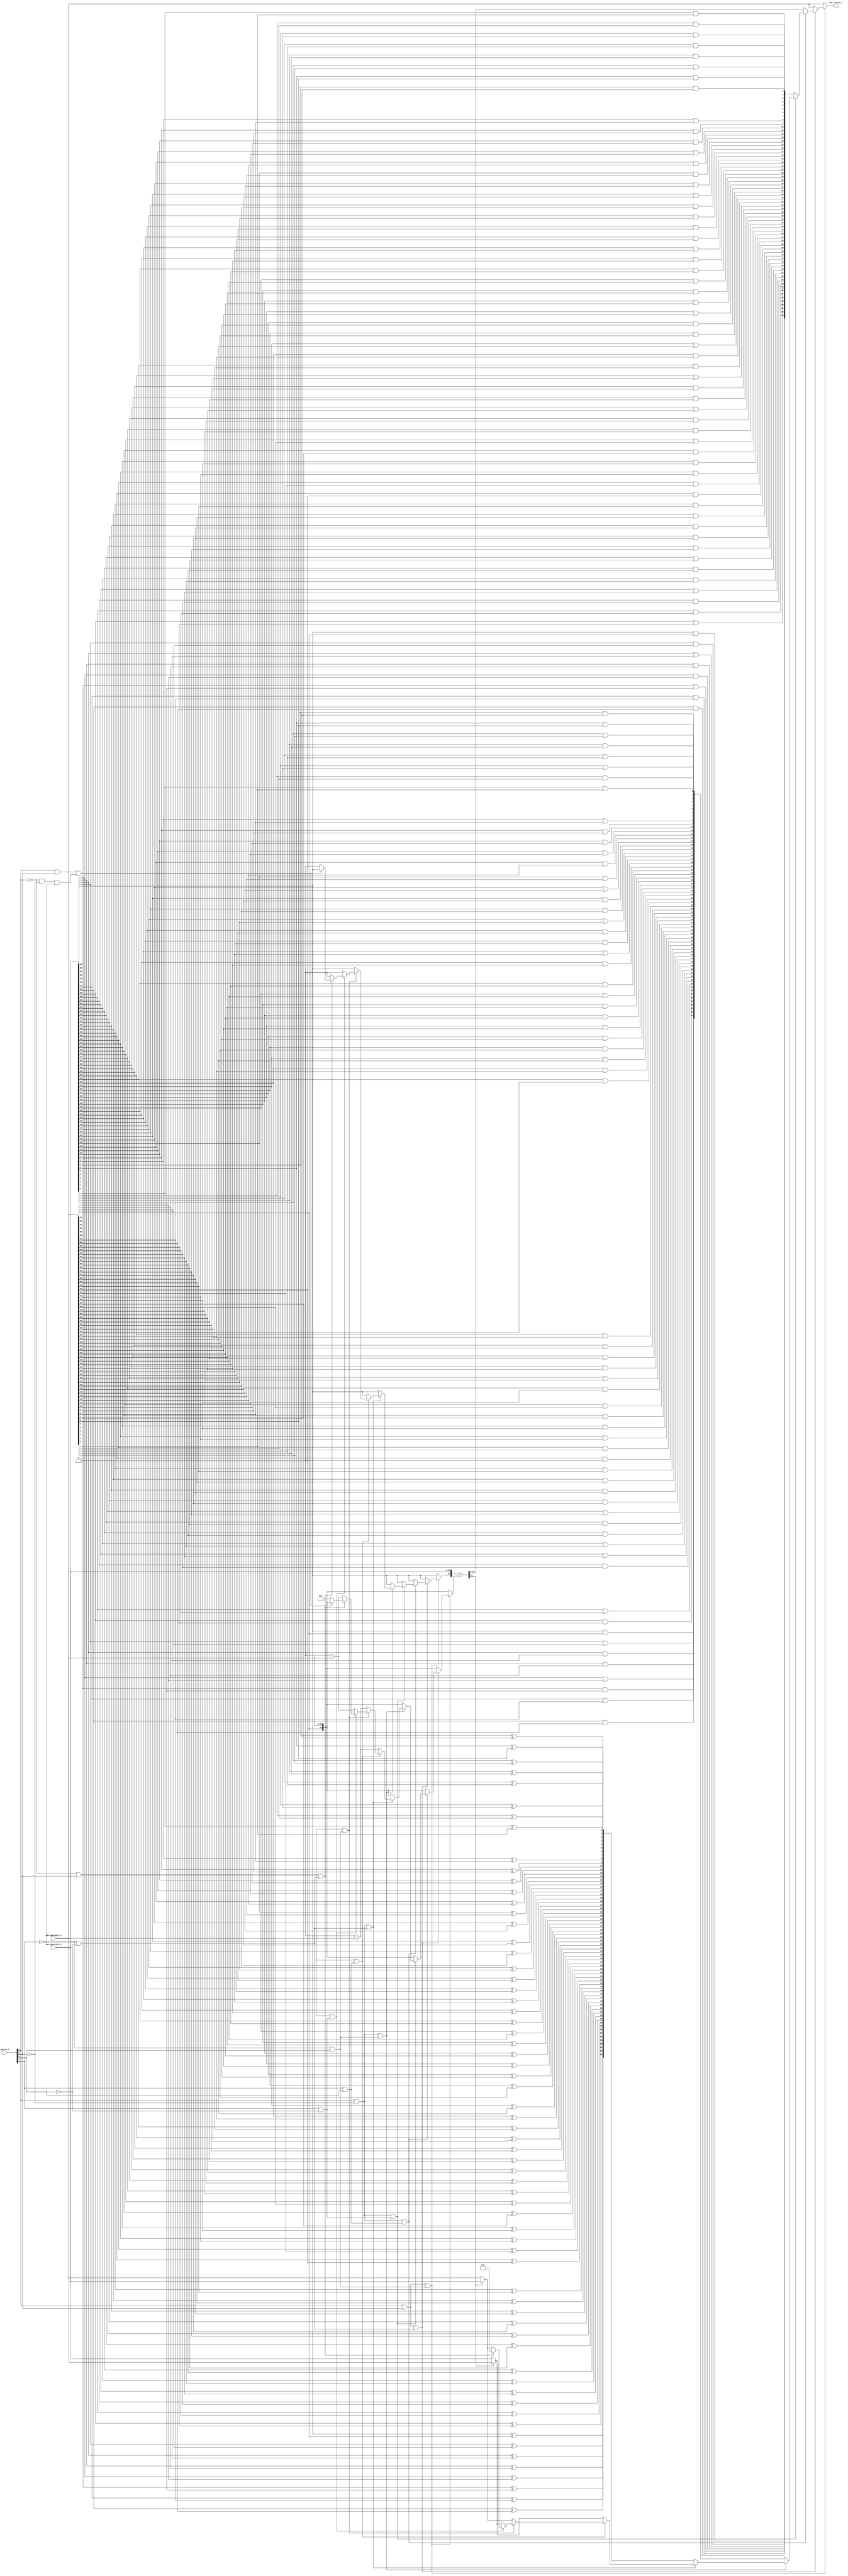
// This program was cloned from: https://github.com/NYU-MLDA/OpenABC
// License: BSD 3-Clause "New" or "Revised" License

module amo_alu
(
  amo_op_i,
  amo_operand_a_i,
  amo_operand_b_i,
  amo_result_o
);

  input [3:0] amo_op_i;
  input [63:0] amo_operand_a_i;
  input [63:0] amo_operand_b_i;
  output [63:0] amo_result_o;
  wire [63:0] amo_result_o;
  wire N0,N1,N2,N3,N4,N5,N6,N7,N8,N9,N10,N11,N12,N13,N14,N15,N16,N17,N18,N19,N20,N21,
  N22,N23,N24,N25,N26,N27,N28,N29,N30,N31,N32,N33,N34,N35,N36,N37,N38,N39,N40,N41,
  N42,N43,N44,N45,N46,N47,N48,N49,N50,N51,N52,N53,N54,N55,N56,N57,N58,N59,N60,N61,
  N62,N63,N64,N65,N66,N67,N68,N69,N70,N71,N72,N73,N74,N75,N76,N77,N78,N79,N80,N81,
  N82,N83,N84,N85,N86,N87,N88,N89,N90,N91,N92,N93,N94,N95,N96,N97,N98,N99,N100,N101,
  N102,N103,N104,N105,N106,N107,N108,N109,N110,N111,N112,N113,N114,N115,N116,N117,
  N118,N119,N120,N121,N122,N123,N124,N125,N126,N127,N128,N129,N130,N131,N132,N133,
  N134,N135,N136,N137,N138,N139,N140,N141,N142,N143,N144,N145,N146,N147,N148,N149,
  N150,N151,N152,N153,N154,N155,N156,N157,N158,N159,N160,N161,N162,N163,N164,N165,
  N166,N167,N168,N169,N170,N171,N172,N173,N174,N175,N176,N177,N178,N179,N180,N181,
  N182,N183,N184,N185,N186,N187,N188,N189,N190,N191,N192,N193,N194,N195,N196,N197,
  N198,N199,N200,N201,N202,N203,N204,N205,N206,N207,N208,N209,N210,N211,N212,N213,
  N214,N215,N216,N217,N218,N219,N220,N221,N222,N223,N224,N225,N226,N227,N228,N229,
  N230,N231,N232,N233,N234,N235,N236,N237,N238,N239,N240,N241,N242,N243,N244,N245,
  N246,N247,N248,N249,N250,N251,N252,N253,N254,N255,N256,N257,N258,N259,N260,N261,
  N262,N263,N264,N265,N266,N267,N268,N269,N270,N271,N272,N273,N274,N275,N276,N277,
  N278,N279,N280,N281,N282,N283,N284,N285,N286,N287,N288,N289,N290,N291,N292,N293,
  N294,N295,N296,N297,N298,N299,N300,N301,N302,N303,N304,N305,N306,N307,N308,N309,
  N310,N311,N312,N313,N314,N315,N316,N317,N318,N319,N320,N321,N322,N323,N324,N325,
  N326,N327,N328,N329,N330,N331,N332,N333,N334,N335,N336,N337,N338,N339,N340,N341,
  N342,N343,N344,N345,N346,N347,N348,N349,N350,N351,N352,N353,N354,N355,N356,N357,
  N358,N359,N360,N361,N362,N363,N364,N365,N366,N367,N368,N369,N370,N371,N372,N373,
  N374,N375,N376,N377,N378,N379,N380,N381,N382,N383,N384,N385,N386,N387,N388,N389,
  N390,N391,N392,N393,N394,N395,N396,N397,N398,N399,N400,N401,N402,N403,N404,N405,
  N406,N407,N408,N409,N410,N411,N412,N413,N414,N415,N416,N417,N418,N419,N420,N421,
  N422,N423,N424,N425,N426,N427,N428,N429,N430,N431,N432,N433,N434,N435,N436,N437,
  N438,N439,N440,N441,N442,N443,N444,N445,N446,N447,N448,N449,N450,N451,N452,N453,
  N454,N455,N456,N457,N458,N459,N460,N461,N462,N463,N464,N465,N466,N467,N468,N469,
  N470,N471,N472,N473,N474,N475,N476,N477,N478,N479,N480,N481,N482,N483,N484,N485,
  N486,N487,N488,N489,N490,N491,N492,N493,N494,N495,N496,N497,N498,N499,N500,N501,
  N502,N503,N504,N505,N506,N507,N508,N509,N510,N511,N512,N513,N514,N515,N516,N517,
  N518,N519,N520,N521,N522,N523,N524,N525,N526,N527,N528,N529,N530,N531,N532,N533,
  N534,N535,N536,N537,N538,N539,N540,N541,N542,N543,N544,N545,N546,N547,N548,N549,
  N550,N551,N552,N553,N554,N555,N556,N557,N558,N559,N560,N561,N562,N563,N564,N565,
  N566,N567,N568,N569,N570,N571,N572,N573,N574,N575,N576,N577,N578,N579,N580,N581,
  N582,N583,N584,N585,N586,N587,N588,N589,N590,N591,N592,N593,N594,N595,N596,N597,
  N598,N599,N600,N601,N602,N603,N604,N605,N606,N607,N608,N609,N610,N611,N612,N613,
  N614,N615,N616,N617,N618,N619,N620,N621,N622,N623,N624,N625,N626,N627,N628,N629,
  N630,N631,N632,N633,N634,N635,N636,N637,N638,N639,N640,N641,N642,N643,N644,N645,
  N646,N647,N648,N649,N650,N651,N652,N653,N654,N655,N656,N657,N658,N659,N660,N661,
  N662,N663,N664,N665,N666,N667,N668,N669,N670,N671,N672,N673,N674,N675,N676,N677,
  N678,N679,N680,N681,N682,N683,N684,N685,N686,N687,N688,N689,N690,N691,N692,N693,
  N694,N695,N696,N697,N698,N699,N700,N701,N702,N703,N704,N705,N706,N707,N708,N709,
  N710,N711,N712,N713,N714,N715,N716,N717,N718,N719,N720,N721,N722,N723,N724,N725,
  N726,N727,N728,N729,N730,N731,N732,N733,N734,N735,N736,N737,N738,N739,N740,N741,
  N742,N743,N744,N745,N746,N747,N748,N749,N750,N751,N752,N753,N754,N755;
  wire [64:64] adder_operand_a;
  wire [64:0] adder_operand_b,adder_sum;
  assign N12 = amo_op_i[3] | amo_op_i[2];
  assign N13 = N43 | amo_op_i[0];
  assign N14 = N12 | N13;
  assign N17 = N43 | N16;
  assign N18 = N12 | N17;
  assign N21 = amo_op_i[3] | N20;
  assign N22 = amo_op_i[1] | amo_op_i[0];
  assign N23 = N21 | N22;
  assign N25 = amo_op_i[1] | N16;
  assign N26 = N21 | N25;
  assign N28 = N21 | N13;
  assign N30 = N21 | N17;
  assign N32 = N42 | amo_op_i[2];
  assign N33 = N32 | N22;
  assign N35 = N32 | N13;
  assign N37 = N32 | N25;
  assign N39 = N32 | N17;
  assign N41 = amo_op_i[3] & amo_op_i[2];
  assign N44 = N42 & N20;
  assign N45 = N44 & N43;
  assign { N303, N302, N301, N300, N299, N298, N297, N296, N295, N294, N293, N292, N291, N290, N289, N288, N287, N286, N285, N284, N283, N282, N281, N280, N279, N278, N277, N276, N275, N274, N273, N272, N271, N270, N269, N268, N267, N266, N265, N264, N263, N262, N261, N260, N259, N258, N257, N256, N255, N254, N253, N252, N251, N250, N249, N248, N247, N246, N245, N244, N243, N242, N241, N240, N239 } = $signed(1'b0) - $signed(amo_operand_b_i);
  assign { N433, N432, N431, N430, N429, N428, N427, N426, N425, N424, N423, N422, N421, N420, N419, N418, N417, N416, N415, N414, N413, N412, N411, N410, N409, N408, N407, N406, N405, N404, N403, N402, N401, N400, N399, N398, N397, N396, N395, N394, N393, N392, N391, N390, N389, N388, N387, N386, N385, N384, N383, N382, N381, N380, N379, N378, N377, N376, N375, N374, N373, N372, N371, N370, N369 } = $signed(1'b0) - $signed(amo_operand_b_i);
  assign { N562, N561, N560, N559, N558, N557, N556, N555, N554, N553, N552, N551, N550, N549, N548, N547, N546, N545, N544, N543, N542, N541, N540, N539, N538, N537, N536, N535, N534, N533, N532, N531, N530, N529, N528, N527, N526, N525, N524, N523, N522, N521, N520, N519, N518, N517, N516, N515, N514, N513, N512, N511, N510, N509, N508, N507, N506, N505, N504, N503, N502, N501, N500, N499, N498 } = 1'b0 - amo_operand_b_i;
  assign { N691, N690, N689, N688, N687, N686, N685, N684, N683, N682, N681, N680, N679, N678, N677, N676, N675, N674, N673, N672, N671, N670, N669, N668, N667, N666, N665, N664, N663, N662, N661, N660, N659, N658, N657, N656, N655, N654, N653, N652, N651, N650, N649, N648, N647, N646, N645, N644, N643, N642, N641, N640, N639, N638, N637, N636, N635, N634, N633, N632, N631, N630, N629, N628, N627 } = 1'b0 - amo_operand_b_i;
  assign adder_sum = { adder_operand_a[64:64], amo_operand_a_i } + adder_operand_b;
  assign { N368, N367, N366, N365, N364, N363, N362, N361, N360, N359, N358, N357, N356, N355, N354, N353, N352, N351, N350, N349, N348, N347, N346, N345, N344, N343, N342, N341, N340, N339, N338, N337, N336, N335, N334, N333, N332, N331, N330, N329, N328, N327, N326, N325, N324, N323, N322, N321, N320, N319, N318, N317, N316, N315, N314, N313, N312, N311, N310, N309, N308, N307, N306, N305 } = (N0)? amo_operand_b_i : 
                                                                                                                                                                                                                                                                                                                                                                                                              (N304)? amo_operand_a_i : 1'b0;
  assign N0 = adder_sum[64];
  assign { N497, N496, N495, N494, N493, N492, N491, N490, N489, N488, N487, N486, N485, N484, N483, N482, N481, N480, N479, N478, N477, N476, N475, N474, N473, N472, N471, N470, N469, N468, N467, N466, N465, N464, N463, N462, N461, N460, N459, N458, N457, N456, N455, N454, N453, N452, N451, N450, N449, N448, N447, N446, N445, N444, N443, N442, N441, N440, N439, N438, N437, N436, N435, N434 } = (N0)? amo_operand_a_i : 
                                                                                                                                                                                                                                                                                                                                                                                                              (N304)? amo_operand_b_i : 1'b0;
  assign { N626, N625, N624, N623, N622, N621, N620, N619, N618, N617, N616, N615, N614, N613, N612, N611, N610, N609, N608, N607, N606, N605, N604, N603, N602, N601, N600, N599, N598, N597, N596, N595, N594, N593, N592, N591, N590, N589, N588, N587, N586, N585, N584, N583, N582, N581, N580, N579, N578, N577, N576, N575, N574, N573, N572, N571, N570, N569, N568, N567, N566, N565, N564, N563 } = (N0)? amo_operand_b_i : 
                                                                                                                                                                                                                                                                                                                                                                                                              (N304)? amo_operand_a_i : 1'b0;
  assign { N755, N754, N753, N752, N751, N750, N749, N748, N747, N746, N745, N744, N743, N742, N741, N740, N739, N738, N737, N736, N735, N734, N733, N732, N731, N730, N729, N728, N727, N726, N725, N724, N723, N722, N721, N720, N719, N718, N717, N716, N715, N714, N713, N712, N711, N710, N709, N708, N707, N706, N705, N704, N703, N702, N701, N700, N699, N698, N697, N696, N695, N694, N693, N692 } = (N0)? amo_operand_a_i : 
                                                                                                                                                                                                                                                                                                                                                                                                              (N304)? amo_operand_b_i : 1'b0;
  assign amo_result_o = (N1)? amo_operand_b_i : 
                        (N2)? amo_operand_b_i : 
                        (N3)? adder_sum[63:0] : 
                        (N4)? { N47, N48, N49, N50, N51, N52, N53, N54, N55, N56, N57, N58, N59, N60, N61, N62, N63, N64, N65, N66, N67, N68, N69, N70, N71, N72, N73, N74, N75, N76, N77, N78, N79, N80, N81, N82, N83, N84, N85, N86, N87, N88, N89, N90, N91, N92, N93, N94, N95, N96, N97, N98, N99, N100, N101, N102, N103, N104, N105, N106, N107, N108, N109, N110 } : 
                        (N5)? { N111, N112, N113, N114, N115, N116, N117, N118, N119, N120, N121, N122, N123, N124, N125, N126, N127, N128, N129, N130, N131, N132, N133, N134, N135, N136, N137, N138, N139, N140, N141, N142, N143, N144, N145, N146, N147, N148, N149, N150, N151, N152, N153, N154, N155, N156, N157, N158, N159, N160, N161, N162, N163, N164, N165, N166, N167, N168, N169, N170, N171, N172, N173, N174 } : 
                        (N6)? { N175, N176, N177, N178, N179, N180, N181, N182, N183, N184, N185, N186, N187, N188, N189, N190, N191, N192, N193, N194, N195, N196, N197, N198, N199, N200, N201, N202, N203, N204, N205, N206, N207, N208, N209, N210, N211, N212, N213, N214, N215, N216, N217, N218, N219, N220, N221, N222, N223, N224, N225, N226, N227, N228, N229, N230, N231, N232, N233, N234, N235, N236, N237, N238 } : 
                        (N7)? { N368, N367, N366, N365, N364, N363, N362, N361, N360, N359, N358, N357, N356, N355, N354, N353, N352, N351, N350, N349, N348, N347, N346, N345, N344, N343, N342, N341, N340, N339, N338, N337, N336, N335, N334, N333, N332, N331, N330, N329, N328, N327, N326, N325, N324, N323, N322, N321, N320, N319, N318, N317, N316, N315, N314, N313, N312, N311, N310, N309, N308, N307, N306, N305 } : 
                        (N8)? { N497, N496, N495, N494, N493, N492, N491, N490, N489, N488, N487, N486, N485, N484, N483, N482, N481, N480, N479, N478, N477, N476, N475, N474, N473, N472, N471, N470, N469, N468, N467, N466, N465, N464, N463, N462, N461, N460, N459, N458, N457, N456, N455, N454, N453, N452, N451, N450, N449, N448, N447, N446, N445, N444, N443, N442, N441, N440, N439, N438, N437, N436, N435, N434 } : 
                        (N9)? { N626, N625, N624, N623, N622, N621, N620, N619, N618, N617, N616, N615, N614, N613, N612, N611, N610, N609, N608, N607, N606, N605, N604, N603, N602, N601, N600, N599, N598, N597, N596, N595, N594, N593, N592, N591, N590, N589, N588, N587, N586, N585, N584, N583, N582, N581, N580, N579, N578, N577, N576, N575, N574, N573, N572, N571, N570, N569, N568, N567, N566, N565, N564, N563 } : 
                        (N10)? { N755, N754, N753, N752, N751, N750, N749, N748, N747, N746, N745, N744, N743, N742, N741, N740, N739, N738, N737, N736, N735, N734, N733, N732, N731, N730, N729, N728, N727, N726, N725, N724, N723, N722, N721, N720, N719, N718, N717, N716, N715, N714, N713, N712, N711, N710, N709, N708, N707, N706, N705, N704, N703, N702, N701, N700, N699, N698, N697, N696, N695, N694, N693, N692 } : 
                        (N11)? { 1'b0, 1'b0, 1'b0, 1'b0, 1'b0, 1'b0, 1'b0, 1'b0, 1'b0, 1'b0, 1'b0, 1'b0, 1'b0, 1'b0, 1'b0, 1'b0, 1'b0, 1'b0, 1'b0, 1'b0, 1'b0, 1'b0, 1'b0, 1'b0, 1'b0, 1'b0, 1'b0, 1'b0, 1'b0, 1'b0, 1'b0, 1'b0, 1'b0, 1'b0, 1'b0, 1'b0, 1'b0, 1'b0, 1'b0, 1'b0, 1'b0, 1'b0, 1'b0, 1'b0, 1'b0, 1'b0, 1'b0, 1'b0, 1'b0, 1'b0, 1'b0, 1'b0, 1'b0, 1'b0, 1'b0, 1'b0, 1'b0, 1'b0, 1'b0, 1'b0, 1'b0, 1'b0, 1'b0, 1'b0 } : 1'b0;
  assign N1 = N15;
  assign N2 = N19;
  assign N3 = N24;
  assign N4 = N27;
  assign N5 = N29;
  assign N6 = N31;
  assign N7 = N34;
  assign N8 = N36;
  assign N9 = N38;
  assign N10 = N40;
  assign N11 = N46;
  assign adder_operand_b = (N1)? { amo_operand_b_i[63:63], amo_operand_b_i } : 
                           (N2)? { amo_operand_b_i[63:63], amo_operand_b_i } : 
                           (N3)? { amo_operand_b_i[63:63], amo_operand_b_i } : 
                           (N4)? { amo_operand_b_i[63:63], amo_operand_b_i } : 
                           (N5)? { amo_operand_b_i[63:63], amo_operand_b_i } : 
                           (N6)? { amo_operand_b_i[63:63], amo_operand_b_i } : 
                           (N7)? { N303, N302, N301, N300, N299, N298, N297, N296, N295, N294, N293, N292, N291, N290, N289, N288, N287, N286, N285, N284, N283, N282, N281, N280, N279, N278, N277, N276, N275, N274, N273, N272, N271, N270, N269, N268, N267, N266, N265, N264, N263, N262, N261, N260, N259, N258, N257, N256, N255, N254, N253, N252, N251, N250, N249, N248, N247, N246, N245, N244, N243, N242, N241, N240, N239 } : 
                           (N8)? { N433, N432, N431, N430, N429, N428, N427, N426, N425, N424, N423, N422, N421, N420, N419, N418, N417, N416, N415, N414, N413, N412, N411, N410, N409, N408, N407, N406, N405, N404, N403, N402, N401, N400, N399, N398, N397, N396, N395, N394, N393, N392, N391, N390, N389, N388, N387, N386, N385, N384, N383, N382, N381, N380, N379, N378, N377, N376, N375, N374, N373, N372, N371, N370, N369 } : 
                           (N9)? { N562, N561, N560, N559, N558, N557, N556, N555, N554, N553, N552, N551, N550, N549, N548, N547, N546, N545, N544, N543, N542, N541, N540, N539, N538, N537, N536, N535, N534, N533, N532, N531, N530, N529, N528, N527, N526, N525, N524, N523, N522, N521, N520, N519, N518, N517, N516, N515, N514, N513, N512, N511, N510, N509, N508, N507, N506, N505, N504, N503, N502, N501, N500, N499, N498 } : 
                           (N10)? { N691, N690, N689, N688, N687, N686, N685, N684, N683, N682, N681, N680, N679, N678, N677, N676, N675, N674, N673, N672, N671, N670, N669, N668, N667, N666, N665, N664, N663, N662, N661, N660, N659, N658, N657, N656, N655, N654, N653, N652, N651, N650, N649, N648, N647, N646, N645, N644, N643, N642, N641, N640, N639, N638, N637, N636, N635, N634, N633, N632, N631, N630, N629, N628, N627 } : 
                           (N11)? { amo_operand_b_i[63:63], amo_operand_b_i } : 1'b0;
  assign adder_operand_a[64] = (N1)? amo_operand_a_i[63] : 
                               (N2)? amo_operand_a_i[63] : 
                               (N3)? amo_operand_a_i[63] : 
                               (N4)? amo_operand_a_i[63] : 
                               (N5)? amo_operand_a_i[63] : 
                               (N6)? amo_operand_a_i[63] : 
                               (N7)? amo_operand_a_i[63] : 
                               (N8)? amo_operand_a_i[63] : 
                               (N9)? 1'b0 : 
                               (N10)? 1'b0 : 
                               (N11)? amo_operand_a_i[63] : 1'b0;
  assign N15 = ~N14;
  assign N16 = ~amo_op_i[0];
  assign N19 = ~N18;
  assign N20 = ~amo_op_i[2];
  assign N24 = ~N23;
  assign N27 = ~N26;
  assign N29 = ~N28;
  assign N31 = ~N30;
  assign N34 = ~N33;
  assign N36 = ~N35;
  assign N38 = ~N37;
  assign N40 = ~N39;
  assign N42 = ~amo_op_i[3];
  assign N43 = ~amo_op_i[1];
  assign N46 = N41 | N45;
  assign N47 = amo_operand_a_i[63] & amo_operand_b_i[63];
  assign N48 = amo_operand_a_i[62] & amo_operand_b_i[62];
  assign N49 = amo_operand_a_i[61] & amo_operand_b_i[61];
  assign N50 = amo_operand_a_i[60] & amo_operand_b_i[60];
  assign N51 = amo_operand_a_i[59] & amo_operand_b_i[59];
  assign N52 = amo_operand_a_i[58] & amo_operand_b_i[58];
  assign N53 = amo_operand_a_i[57] & amo_operand_b_i[57];
  assign N54 = amo_operand_a_i[56] & amo_operand_b_i[56];
  assign N55 = amo_operand_a_i[55] & amo_operand_b_i[55];
  assign N56 = amo_operand_a_i[54] & amo_operand_b_i[54];
  assign N57 = amo_operand_a_i[53] & amo_operand_b_i[53];
  assign N58 = amo_operand_a_i[52] & amo_operand_b_i[52];
  assign N59 = amo_operand_a_i[51] & amo_operand_b_i[51];
  assign N60 = amo_operand_a_i[50] & amo_operand_b_i[50];
  assign N61 = amo_operand_a_i[49] & amo_operand_b_i[49];
  assign N62 = amo_operand_a_i[48] & amo_operand_b_i[48];
  assign N63 = amo_operand_a_i[47] & amo_operand_b_i[47];
  assign N64 = amo_operand_a_i[46] & amo_operand_b_i[46];
  assign N65 = amo_operand_a_i[45] & amo_operand_b_i[45];
  assign N66 = amo_operand_a_i[44] & amo_operand_b_i[44];
  assign N67 = amo_operand_a_i[43] & amo_operand_b_i[43];
  assign N68 = amo_operand_a_i[42] & amo_operand_b_i[42];
  assign N69 = amo_operand_a_i[41] & amo_operand_b_i[41];
  assign N70 = amo_operand_a_i[40] & amo_operand_b_i[40];
  assign N71 = amo_operand_a_i[39] & amo_operand_b_i[39];
  assign N72 = amo_operand_a_i[38] & amo_operand_b_i[38];
  assign N73 = amo_operand_a_i[37] & amo_operand_b_i[37];
  assign N74 = amo_operand_a_i[36] & amo_operand_b_i[36];
  assign N75 = amo_operand_a_i[35] & amo_operand_b_i[35];
  assign N76 = amo_operand_a_i[34] & amo_operand_b_i[34];
  assign N77 = amo_operand_a_i[33] & amo_operand_b_i[33];
  assign N78 = amo_operand_a_i[32] & amo_operand_b_i[32];
  assign N79 = amo_operand_a_i[31] & amo_operand_b_i[31];
  assign N80 = amo_operand_a_i[30] & amo_operand_b_i[30];
  assign N81 = amo_operand_a_i[29] & amo_operand_b_i[29];
  assign N82 = amo_operand_a_i[28] & amo_operand_b_i[28];
  assign N83 = amo_operand_a_i[27] & amo_operand_b_i[27];
  assign N84 = amo_operand_a_i[26] & amo_operand_b_i[26];
  assign N85 = amo_operand_a_i[25] & amo_operand_b_i[25];
  assign N86 = amo_operand_a_i[24] & amo_operand_b_i[24];
  assign N87 = amo_operand_a_i[23] & amo_operand_b_i[23];
  assign N88 = amo_operand_a_i[22] & amo_operand_b_i[22];
  assign N89 = amo_operand_a_i[21] & amo_operand_b_i[21];
  assign N90 = amo_operand_a_i[20] & amo_operand_b_i[20];
  assign N91 = amo_operand_a_i[19] & amo_operand_b_i[19];
  assign N92 = amo_operand_a_i[18] & amo_operand_b_i[18];
  assign N93 = amo_operand_a_i[17] & amo_operand_b_i[17];
  assign N94 = amo_operand_a_i[16] & amo_operand_b_i[16];
  assign N95 = amo_operand_a_i[15] & amo_operand_b_i[15];
  assign N96 = amo_operand_a_i[14] & amo_operand_b_i[14];
  assign N97 = amo_operand_a_i[13] & amo_operand_b_i[13];
  assign N98 = amo_operand_a_i[12] & amo_operand_b_i[12];
  assign N99 = amo_operand_a_i[11] & amo_operand_b_i[11];
  assign N100 = amo_operand_a_i[10] & amo_operand_b_i[10];
  assign N101 = amo_operand_a_i[9] & amo_operand_b_i[9];
  assign N102 = amo_operand_a_i[8] & amo_operand_b_i[8];
  assign N103 = amo_operand_a_i[7] & amo_operand_b_i[7];
  assign N104 = amo_operand_a_i[6] & amo_operand_b_i[6];
  assign N105 = amo_operand_a_i[5] & amo_operand_b_i[5];
  assign N106 = amo_operand_a_i[4] & amo_operand_b_i[4];
  assign N107 = amo_operand_a_i[3] & amo_operand_b_i[3];
  assign N108 = amo_operand_a_i[2] & amo_operand_b_i[2];
  assign N109 = amo_operand_a_i[1] & amo_operand_b_i[1];
  assign N110 = amo_operand_a_i[0] & amo_operand_b_i[0];
  assign N111 = amo_operand_a_i[63] | amo_operand_b_i[63];
  assign N112 = amo_operand_a_i[62] | amo_operand_b_i[62];
  assign N113 = amo_operand_a_i[61] | amo_operand_b_i[61];
  assign N114 = amo_operand_a_i[60] | amo_operand_b_i[60];
  assign N115 = amo_operand_a_i[59] | amo_operand_b_i[59];
  assign N116 = amo_operand_a_i[58] | amo_operand_b_i[58];
  assign N117 = amo_operand_a_i[57] | amo_operand_b_i[57];
  assign N118 = amo_operand_a_i[56] | amo_operand_b_i[56];
  assign N119 = amo_operand_a_i[55] | amo_operand_b_i[55];
  assign N120 = amo_operand_a_i[54] | amo_operand_b_i[54];
  assign N121 = amo_operand_a_i[53] | amo_operand_b_i[53];
  assign N122 = amo_operand_a_i[52] | amo_operand_b_i[52];
  assign N123 = amo_operand_a_i[51] | amo_operand_b_i[51];
  assign N124 = amo_operand_a_i[50] | amo_operand_b_i[50];
  assign N125 = amo_operand_a_i[49] | amo_operand_b_i[49];
  assign N126 = amo_operand_a_i[48] | amo_operand_b_i[48];
  assign N127 = amo_operand_a_i[47] | amo_operand_b_i[47];
  assign N128 = amo_operand_a_i[46] | amo_operand_b_i[46];
  assign N129 = amo_operand_a_i[45] | amo_operand_b_i[45];
  assign N130 = amo_operand_a_i[44] | amo_operand_b_i[44];
  assign N131 = amo_operand_a_i[43] | amo_operand_b_i[43];
  assign N132 = amo_operand_a_i[42] | amo_operand_b_i[42];
  assign N133 = amo_operand_a_i[41] | amo_operand_b_i[41];
  assign N134 = amo_operand_a_i[40] | amo_operand_b_i[40];
  assign N135 = amo_operand_a_i[39] | amo_operand_b_i[39];
  assign N136 = amo_operand_a_i[38] | amo_operand_b_i[38];
  assign N137 = amo_operand_a_i[37] | amo_operand_b_i[37];
  assign N138 = amo_operand_a_i[36] | amo_operand_b_i[36];
  assign N139 = amo_operand_a_i[35] | amo_operand_b_i[35];
  assign N140 = amo_operand_a_i[34] | amo_operand_b_i[34];
  assign N141 = amo_operand_a_i[33] | amo_operand_b_i[33];
  assign N142 = amo_operand_a_i[32] | amo_operand_b_i[32];
  assign N143 = amo_operand_a_i[31] | amo_operand_b_i[31];
  assign N144 = amo_operand_a_i[30] | amo_operand_b_i[30];
  assign N145 = amo_operand_a_i[29] | amo_operand_b_i[29];
  assign N146 = amo_operand_a_i[28] | amo_operand_b_i[28];
  assign N147 = amo_operand_a_i[27] | amo_operand_b_i[27];
  assign N148 = amo_operand_a_i[26] | amo_operand_b_i[26];
  assign N149 = amo_operand_a_i[25] | amo_operand_b_i[25];
  assign N150 = amo_operand_a_i[24] | amo_operand_b_i[24];
  assign N151 = amo_operand_a_i[23] | amo_operand_b_i[23];
  assign N152 = amo_operand_a_i[22] | amo_operand_b_i[22];
  assign N153 = amo_operand_a_i[21] | amo_operand_b_i[21];
  assign N154 = amo_operand_a_i[20] | amo_operand_b_i[20];
  assign N155 = amo_operand_a_i[19] | amo_operand_b_i[19];
  assign N156 = amo_operand_a_i[18] | amo_operand_b_i[18];
  assign N157 = amo_operand_a_i[17] | amo_operand_b_i[17];
  assign N158 = amo_operand_a_i[16] | amo_operand_b_i[16];
  assign N159 = amo_operand_a_i[15] | amo_operand_b_i[15];
  assign N160 = amo_operand_a_i[14] | amo_operand_b_i[14];
  assign N161 = amo_operand_a_i[13] | amo_operand_b_i[13];
  assign N162 = amo_operand_a_i[12] | amo_operand_b_i[12];
  assign N163 = amo_operand_a_i[11] | amo_operand_b_i[11];
  assign N164 = amo_operand_a_i[10] | amo_operand_b_i[10];
  assign N165 = amo_operand_a_i[9] | amo_operand_b_i[9];
  assign N166 = amo_operand_a_i[8] | amo_operand_b_i[8];
  assign N167 = amo_operand_a_i[7] | amo_operand_b_i[7];
  assign N168 = amo_operand_a_i[6] | amo_operand_b_i[6];
  assign N169 = amo_operand_a_i[5] | amo_operand_b_i[5];
  assign N170 = amo_operand_a_i[4] | amo_operand_b_i[4];
  assign N171 = amo_operand_a_i[3] | amo_operand_b_i[3];
  assign N172 = amo_operand_a_i[2] | amo_operand_b_i[2];
  assign N173 = amo_operand_a_i[1] | amo_operand_b_i[1];
  assign N174 = amo_operand_a_i[0] | amo_operand_b_i[0];
  assign N175 = amo_operand_a_i[63] ^ amo_operand_b_i[63];
  assign N176 = amo_operand_a_i[62] ^ amo_operand_b_i[62];
  assign N177 = amo_operand_a_i[61] ^ amo_operand_b_i[61];
  assign N178 = amo_operand_a_i[60] ^ amo_operand_b_i[60];
  assign N179 = amo_operand_a_i[59] ^ amo_operand_b_i[59];
  assign N180 = amo_operand_a_i[58] ^ amo_operand_b_i[58];
  assign N181 = amo_operand_a_i[57] ^ amo_operand_b_i[57];
  assign N182 = amo_operand_a_i[56] ^ amo_operand_b_i[56];
  assign N183 = amo_operand_a_i[55] ^ amo_operand_b_i[55];
  assign N184 = amo_operand_a_i[54] ^ amo_operand_b_i[54];
  assign N185 = amo_operand_a_i[53] ^ amo_operand_b_i[53];
  assign N186 = amo_operand_a_i[52] ^ amo_operand_b_i[52];
  assign N187 = amo_operand_a_i[51] ^ amo_operand_b_i[51];
  assign N188 = amo_operand_a_i[50] ^ amo_operand_b_i[50];
  assign N189 = amo_operand_a_i[49] ^ amo_operand_b_i[49];
  assign N190 = amo_operand_a_i[48] ^ amo_operand_b_i[48];
  assign N191 = amo_operand_a_i[47] ^ amo_operand_b_i[47];
  assign N192 = amo_operand_a_i[46] ^ amo_operand_b_i[46];
  assign N193 = amo_operand_a_i[45] ^ amo_operand_b_i[45];
  assign N194 = amo_operand_a_i[44] ^ amo_operand_b_i[44];
  assign N195 = amo_operand_a_i[43] ^ amo_operand_b_i[43];
  assign N196 = amo_operand_a_i[42] ^ amo_operand_b_i[42];
  assign N197 = amo_operand_a_i[41] ^ amo_operand_b_i[41];
  assign N198 = amo_operand_a_i[40] ^ amo_operand_b_i[40];
  assign N199 = amo_operand_a_i[39] ^ amo_operand_b_i[39];
  assign N200 = amo_operand_a_i[38] ^ amo_operand_b_i[38];
  assign N201 = amo_operand_a_i[37] ^ amo_operand_b_i[37];
  assign N202 = amo_operand_a_i[36] ^ amo_operand_b_i[36];
  assign N203 = amo_operand_a_i[35] ^ amo_operand_b_i[35];
  assign N204 = amo_operand_a_i[34] ^ amo_operand_b_i[34];
  assign N205 = amo_operand_a_i[33] ^ amo_operand_b_i[33];
  assign N206 = amo_operand_a_i[32] ^ amo_operand_b_i[32];
  assign N207 = amo_operand_a_i[31] ^ amo_operand_b_i[31];
  assign N208 = amo_operand_a_i[30] ^ amo_operand_b_i[30];
  assign N209 = amo_operand_a_i[29] ^ amo_operand_b_i[29];
  assign N210 = amo_operand_a_i[28] ^ amo_operand_b_i[28];
  assign N211 = amo_operand_a_i[27] ^ amo_operand_b_i[27];
  assign N212 = amo_operand_a_i[26] ^ amo_operand_b_i[26];
  assign N213 = amo_operand_a_i[25] ^ amo_operand_b_i[25];
  assign N214 = amo_operand_a_i[24] ^ amo_operand_b_i[24];
  assign N215 = amo_operand_a_i[23] ^ amo_operand_b_i[23];
  assign N216 = amo_operand_a_i[22] ^ amo_operand_b_i[22];
  assign N217 = amo_operand_a_i[21] ^ amo_operand_b_i[21];
  assign N218 = amo_operand_a_i[20] ^ amo_operand_b_i[20];
  assign N219 = amo_operand_a_i[19] ^ amo_operand_b_i[19];
  assign N220 = amo_operand_a_i[18] ^ amo_operand_b_i[18];
  assign N221 = amo_operand_a_i[17] ^ amo_operand_b_i[17];
  assign N222 = amo_operand_a_i[16] ^ amo_operand_b_i[16];
  assign N223 = amo_operand_a_i[15] ^ amo_operand_b_i[15];
  assign N224 = amo_operand_a_i[14] ^ amo_operand_b_i[14];
  assign N225 = amo_operand_a_i[13] ^ amo_operand_b_i[13];
  assign N226 = amo_operand_a_i[12] ^ amo_operand_b_i[12];
  assign N227 = amo_operand_a_i[11] ^ amo_operand_b_i[11];
  assign N228 = amo_operand_a_i[10] ^ amo_operand_b_i[10];
  assign N229 = amo_operand_a_i[9] ^ amo_operand_b_i[9];
  assign N230 = amo_operand_a_i[8] ^ amo_operand_b_i[8];
  assign N231 = amo_operand_a_i[7] ^ amo_operand_b_i[7];
  assign N232 = amo_operand_a_i[6] ^ amo_operand_b_i[6];
  assign N233 = amo_operand_a_i[5] ^ amo_operand_b_i[5];
  assign N234 = amo_operand_a_i[4] ^ amo_operand_b_i[4];
  assign N235 = amo_operand_a_i[3] ^ amo_operand_b_i[3];
  assign N236 = amo_operand_a_i[2] ^ amo_operand_b_i[2];
  assign N237 = amo_operand_a_i[1] ^ amo_operand_b_i[1];
  assign N238 = amo_operand_a_i[0] ^ amo_operand_b_i[0];
  assign N304 = ~adder_sum[64];

endmodule